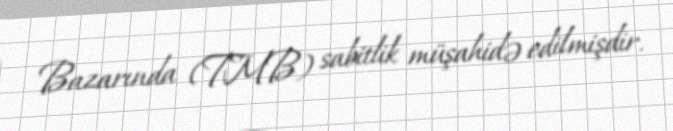
Bazarında (TMB) sabitlik müşahidə edilmişdir.